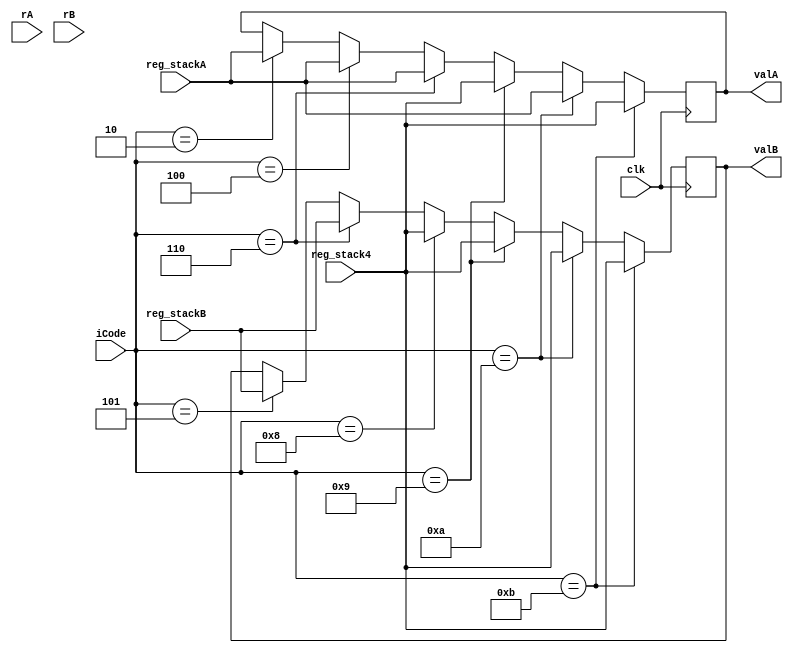
module decode(clk,iCode,rA,rB,reg_stackA,reg_stackB,reg_stack4,valA,valB);

input clk;
input[3:0] iCode , rA , rB;
input[63:0]reg_stackA , reg_stackB , reg_stack4 ; // registers storing valA, valB and stack pointer respectively.

output reg[63:0] valA , valB;

always@(posedge clk)
begin
if(iCode==4'b0010)
begin
valA <= reg_stackA;
end

if(iCode==4'b0100) //rmmovq
    begin
      valA<=reg_stackA;
      valB<=reg_stackB;
    end
    if(iCode==4'b0101) //mrmovq
    begin
      valB=reg_stackB;
    end
    if(iCode==4'b0110) //OPq
    begin
      valA<=reg_stackA;
      valB<=reg_stackB;
    end
    // if(iCode==4'b0111) //jxx
    // begin
    // end
    if(iCode==4'b1000) //call
    begin
      valB<=reg_stack4; //rsp
    end
    if(iCode==4'b1001) //ret
    begin
      valA<=reg_stack4; //rsp
      valB<=reg_stack4; //rsp
    end
    if(iCode==4'b1010) //pushq
    begin
      valA<=reg_stackA;
      valB<=reg_stack4; //rsp
    end
    if(iCode==4'b1011) //popq
    begin
      valA<=reg_stack4; //rsp
      valB<=reg_stack4; //rsp
    end
  end

endmodule